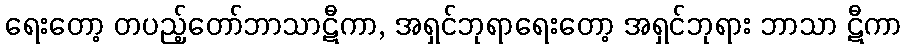
ရေးတော့ တပည့်တော်ဘာသာဋီကာ, အရှင်ဘုရာရေးတော့ အရှင်ဘုရား ဘာသာ ဋီကာ